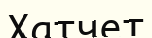
Хатчет